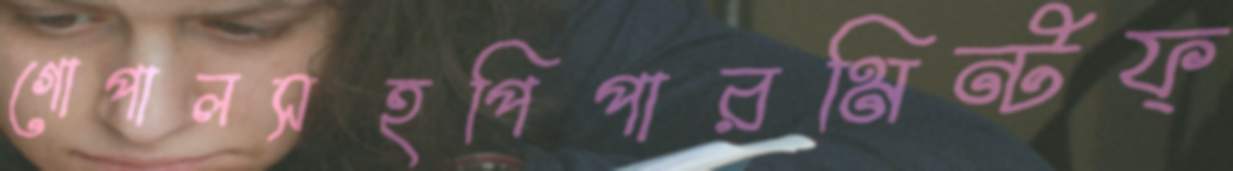
গোপালসহপিপারমিন্টফ্